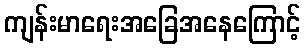
ကျန်းမာရေးအခြေအနေကြောင့်